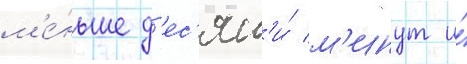
м'е́ньше д'ес'ят'и́ м'инут и́